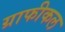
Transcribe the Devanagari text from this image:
ग्राफीकल